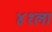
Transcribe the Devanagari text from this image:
४१ला